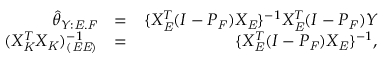
\begin{array} { r l r } { \hat { \theta } _ { Y : \mathit { E } . \mathit { F } } } & { = } & { \{ X _ { \mathit { E } } ^ { T } ( I - P _ { \mathit { F } } ) X _ { \mathit { E } } \} ^ { - 1 } X _ { \mathit { E } } ^ { T } ( I - P _ { \mathit { F } } ) Y } \\ { ( X _ { \mathit { K } } ^ { T } X _ { \mathit { K } } ) _ { ( \mathit { E } \mathit { E } ) } ^ { - 1 } } & { = } & { \{ X _ { \mathit { E } } ^ { T } ( I - P _ { \mathit { F } } ) X _ { \mathit { E } } \} ^ { - 1 } , } \end{array}